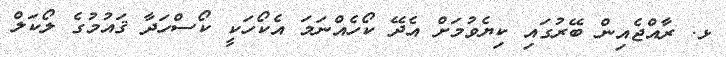
ޅ. ރާއްޖެއިން ބޭރުގައި ކިޔެވުމަށް އެދޭ ކޯހެއްނަމަ އެކޯހަކީ ކޯސްހަދާ ޤައުމުގެ ލޯކަލް